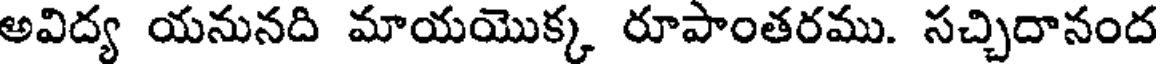
అవిద్య యనునది మాయయొక్క రూపాంతరము. సచ్చిదానంద